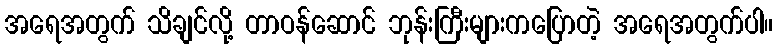
အရေအတွက် သိချင်လို့ တာဝန်ဆောင် ဘုန်းကြီးများကပြောတဲ့ အရေအတွက်ပါ။